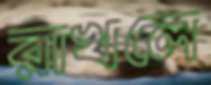
রাখলে